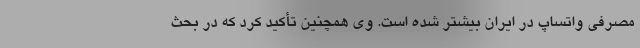
مصرفی واتساپ در ایران بیشتر شده است. وی همچنین تأکید کرد که در بحث